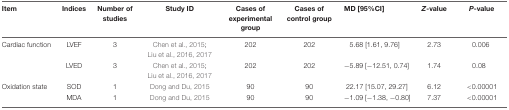
<table><thead><tr><td><b>Item</b></td><td><b>Indices</b></td><td><b>Number of studies</b></td><td><b>Study ID</b></td><td><b>Cases of experimental group</b></td><td><b>Cases of control group</b></td><td><b>MD [95%CI]</b></td><td><b><i>Z</i>-value</b></td><td><b><i>P</i>-value</b></td></tr></thead><tbody><tr><td>Cardiac function</td><td>LVEF</td><td>3</td><td>Chen et al., 2015; Liu et al., 2016, 2017</td><td>202</td><td>202</td><td>5.68 [1.61, 9.76]</td><td>2.73</td><td>0.006</td></tr><tr><td></td><td>LVED</td><td>3</td><td>Chen et al., 2015; Liu et al., 2016, 2017</td><td>202</td><td>202</td><td>-5.89 [-12.51, 0.74]</td><td>1.74</td><td>0.08</td></tr><tr><td>Oxidation state</td><td>SOD</td><td>1</td><td>Dong and Du, 2015</td><td>90</td><td>90</td><td>22.17 [15.07, 29.27]</td><td>6.12</td><td>&lt;0.00001</td></tr><tr><td></td><td>MDA</td><td>1</td><td>Dong and Du, 2015</td><td>90</td><td>90</td><td>-1.09 [-1.38, -0.80]</td><td>7.37</td><td>&lt;0.00001</td></tr></tbody></table>